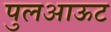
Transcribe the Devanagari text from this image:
पुलआऊट